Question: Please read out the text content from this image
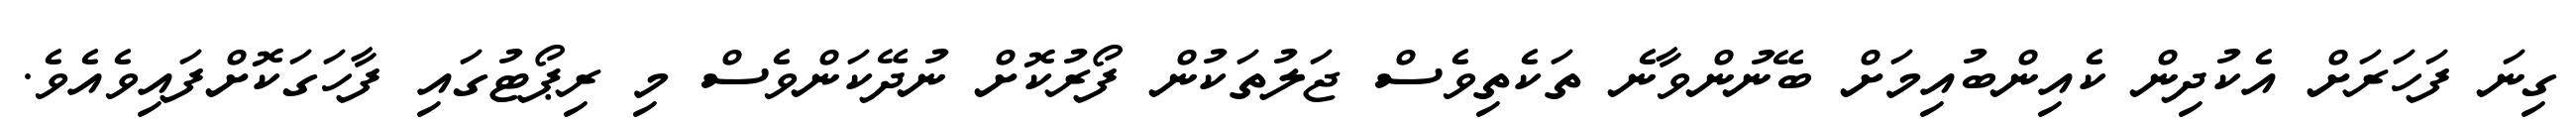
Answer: ގިނަ ފަހަރަށް އެކުދިން ކެއިންބުއިމަށް ބޭނުންވާނެ ތަކެތިވެސް ޖަލުތަކުން ފޯރުކޮށް ނުދޭކަންވެސް މި ރިޕޯޓުގައި ފާހަގަކޮށްފައިވެއެވެ.